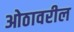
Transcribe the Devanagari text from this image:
ओठावरील